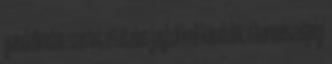
gondolkodás szerint a tételes jogból kell kiindulni, a természetjogi